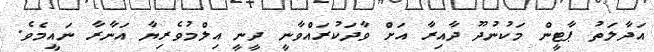
އަދާލަތު ޕާޓީން މަކުނުދޫ ދާއިރާ އަށް ވާދަކުރައްވާނީ ދީނީ އިލްމުވެރިޔާ އަނާރާ ނައީމެވެ.